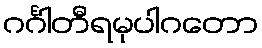
ဂင်္ဂါတီရမုပါဂတော